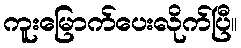
ကူးမြောက်ပေးလိုက်ပြီ။